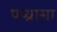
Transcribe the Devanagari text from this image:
पप्य्रासा